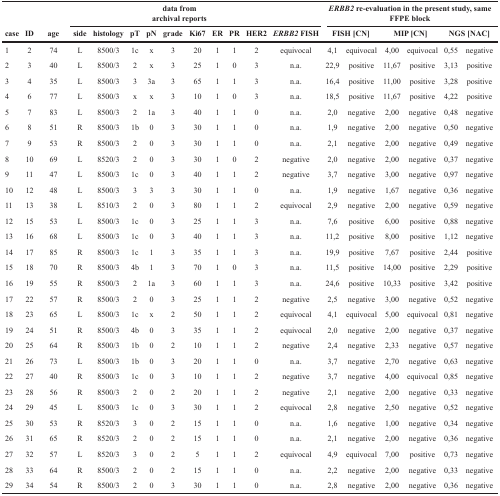
<table><thead><tr><td></td><td></td><td></td><td colspan="10"><b>data from archival reports</b></td><td colspan="6"><b><i>ERBB2</i> re-evaluation in the present study, same FFPE block</b></td></tr><tr><td><b>case</b></td><td><b>ID</b></td><td><b>age</b></td><td><b>side</b></td><td><b>histology</b></td><td><b>pT</b></td><td><b>pN</b></td><td><b>grade</b></td><td><b>Ki67</b></td><td><b>ER</b></td><td><b>PR</b></td><td><b>HER2</b></td><td><b><i>ERBB2</i> FISH</b></td><td colspan="2"><b>FISH [CN]</b></td><td colspan="2"><b>MIP [CN]</b></td><td colspan="2"><b>NGS [NAC]</b></td></tr></thead><tbody><tr><td>1</td><td>2</td><td>74</td><td>L</td><td>8500/3</td><td>1c</td><td>x</td><td>3</td><td>20</td><td>1</td><td>1</td><td>2</td><td>equivocal</td><td>4,1</td><td>equivocal</td><td>4,00</td><td>equivocal</td><td>0,55</td><td>negative</td></tr><tr><td>2</td><td>3</td><td>40</td><td>L</td><td>8500/3</td><td>2</td><td>x</td><td>3</td><td>25</td><td>1</td><td>0</td><td>3</td><td>n.a.</td><td>22,9</td><td>positive</td><td>11,67</td><td>positive</td><td>3,13</td><td>positive</td></tr><tr><td>3</td><td>4</td><td>35</td><td>L</td><td>8500/3</td><td>3</td><td>3a</td><td>3</td><td>65</td><td>1</td><td>1</td><td>3</td><td>n.a.</td><td>16,4</td><td>positive</td><td>11,00</td><td>positive</td><td>3,28</td><td>positive</td></tr><tr><td>4</td><td>6</td><td>77</td><td>L</td><td>8500/3</td><td>x</td><td>x</td><td>3</td><td>10</td><td>1</td><td>0</td><td>3</td><td>n.a.</td><td>18,5</td><td>positive</td><td>11,67</td><td>positive</td><td>4,22</td><td>positive</td></tr><tr><td>5</td><td>7</td><td>83</td><td>L</td><td>8500/3</td><td>2</td><td>1a</td><td>3</td><td>40</td><td>1</td><td>1</td><td>0</td><td>n.a.</td><td>2,0</td><td>negative</td><td>2,00</td><td>negative</td><td>0,48</td><td>negative</td></tr><tr><td>6</td><td>8</td><td>51</td><td>R</td><td>8500/3</td><td>1b</td><td>0</td><td>3</td><td>30</td><td>1</td><td>1</td><td>0</td><td>n.a.</td><td>1,9</td><td>negative</td><td>2,00</td><td>negative</td><td>0,50</td><td>negative</td></tr><tr><td>7</td><td>9</td><td>53</td><td>R</td><td>8500/3</td><td>2</td><td>0</td><td>3</td><td>30</td><td>1</td><td>1</td><td>0</td><td>n.a.</td><td>2,1</td><td>negative</td><td>2,00</td><td>negative</td><td>0,49</td><td>negative</td></tr><tr><td>8</td><td>10</td><td>69</td><td>L</td><td>8520/3</td><td>2</td><td>0</td><td>3</td><td>30</td><td>1</td><td>0</td><td>2</td><td>negative</td><td>2,0</td><td>negative</td><td>2,00</td><td>negative</td><td>0,37</td><td>negative</td></tr><tr><td>9</td><td>11</td><td>47</td><td>L</td><td>8500/3</td><td>1c</td><td>0</td><td>3</td><td>40</td><td>1</td><td>1</td><td>2</td><td>negative</td><td>3,7</td><td>negative</td><td>3,00</td><td>negative</td><td>0,97</td><td>negative</td></tr><tr><td>10</td><td>12</td><td>48</td><td>L</td><td>8500/3</td><td>3</td><td>3</td><td>3</td><td>30</td><td>1</td><td>1</td><td>0</td><td>n.a.</td><td>1,9</td><td>negative</td><td>1,67</td><td>negative</td><td>0,36</td><td>negative</td></tr><tr><td>11</td><td>13</td><td>38</td><td>L</td><td>8510/3</td><td>2</td><td>0</td><td>3</td><td>80</td><td>1</td><td>1</td><td>2</td><td>equivocal</td><td>2,9</td><td>negative</td><td>2,00</td><td>negative</td><td>0,59</td><td>negative</td></tr><tr><td>12</td><td>15</td><td>53</td><td>L</td><td>8500/3</td><td>1c</td><td>0</td><td>3</td><td>25</td><td>1</td><td>1</td><td>3</td><td>n.a.</td><td>7,6</td><td>positive</td><td>6,00</td><td>positive</td><td>0,88</td><td>negative</td></tr><tr><td>13</td><td>16</td><td>68</td><td>L</td><td>8500/3</td><td>1c</td><td>0</td><td>3</td><td>40</td><td>1</td><td>1</td><td>3</td><td>n.a.</td><td>11,2</td><td>positive</td><td>8,00</td><td>positive</td><td>1,12</td><td>negative</td></tr><tr><td>14</td><td>17</td><td>85</td><td>R</td><td>8500/3</td><td>1c</td><td>1</td><td>3</td><td>35</td><td>1</td><td>1</td><td>3</td><td>n.a.</td><td>19,9</td><td>positive</td><td>7,67</td><td>positive</td><td>2,44</td><td>positive</td></tr><tr><td>15</td><td>18</td><td>70</td><td>R</td><td>8500/3</td><td>4b</td><td>1</td><td>3</td><td>70</td><td>1</td><td>0</td><td>3</td><td>n.a.</td><td>11,5</td><td>positive</td><td>14,00</td><td>positive</td><td>2,29</td><td>positive</td></tr><tr><td>16</td><td>19</td><td>55</td><td>R</td><td>8500/3</td><td>2</td><td>1a</td><td>3</td><td>60</td><td>1</td><td>1</td><td>3</td><td>n.a.</td><td>24,6</td><td>positive</td><td>10,33</td><td>positive</td><td>3,42</td><td>positive</td></tr><tr><td>17</td><td>22</td><td>57</td><td>R</td><td>8500/3</td><td>2</td><td>0</td><td>3</td><td>25</td><td>1</td><td>1</td><td>2</td><td>negative</td><td>2,5</td><td>negative</td><td>3,00</td><td>negative</td><td>0,52</td><td>negative</td></tr><tr><td>18</td><td>23</td><td>65</td><td>L</td><td>8500/3</td><td>1c</td><td>x</td><td>2</td><td>50</td><td>1</td><td>1</td><td>2</td><td>equivocal</td><td>4,1</td><td>equivocal</td><td>5,00</td><td>equivocal</td><td>0,81</td><td>negative</td></tr><tr><td>19</td><td>24</td><td>51</td><td>R</td><td>8500/3</td><td>4b</td><td>0</td><td>3</td><td>35</td><td>1</td><td>1</td><td>2</td><td>equivocal</td><td>2,0</td><td>negative</td><td>2,00</td><td>negative</td><td>0,37</td><td>negative</td></tr><tr><td>20</td><td>25</td><td>64</td><td>R</td><td>8500/3</td><td>1b</td><td>0</td><td>2</td><td>10</td><td>1</td><td>1</td><td>2</td><td>negative</td><td>2,4</td><td>negative</td><td>2,33</td><td>negative</td><td>0,57</td><td>negative</td></tr><tr><td>21</td><td>26</td><td>73</td><td>L</td><td>8500/3</td><td>1b</td><td>0</td><td>3</td><td>20</td><td>1</td><td>1</td><td>0</td><td>n.a.</td><td>3,7</td><td>negative</td><td>2,70</td><td>negative</td><td>0,63</td><td>negative</td></tr><tr><td>22</td><td>27</td><td>40</td><td>R</td><td>8500/3</td><td>1c</td><td>0</td><td>3</td><td>10</td><td>1</td><td>1</td><td>2</td><td>negative</td><td>3,7</td><td>negative</td><td>4,00</td><td>equivocal</td><td>0,85</td><td>negative</td></tr><tr><td>23</td><td>28</td><td>56</td><td>R</td><td>8500/3</td><td>2</td><td>0</td><td>2</td><td>20</td><td>1</td><td>1</td><td>2</td><td>negative</td><td>2,1</td><td>negative</td><td>2,00</td><td>negative</td><td>0,33</td><td>negative</td></tr><tr><td>24</td><td>29</td><td>45</td><td>L</td><td>8500/3</td><td>1c</td><td>0</td><td>3</td><td>30</td><td>1</td><td>1</td><td>2</td><td>equivocal</td><td>2,8</td><td>negative</td><td>2,50</td><td>negative</td><td>0,52</td><td>negative</td></tr><tr><td>25</td><td>30</td><td>53</td><td>R</td><td>8520/3</td><td>3</td><td>0</td><td>2</td><td>15</td><td>1</td><td>1</td><td>0</td><td>n.a.</td><td>1,6</td><td>negative</td><td>1,00</td><td>negative</td><td>0,34</td><td>negative</td></tr><tr><td>26</td><td>31</td><td>65</td><td>R</td><td>8520/3</td><td>2</td><td>0</td><td>2</td><td>15</td><td>1</td><td>1</td><td>0</td><td>n.a.</td><td>2,1</td><td>negative</td><td>2,00</td><td>negative</td><td>0,36</td><td>negative</td></tr><tr><td>27</td><td>32</td><td>57</td><td>L</td><td>8520/3</td><td>3</td><td>0</td><td>2</td><td>5</td><td>1</td><td>1</td><td>2</td><td>equivocal</td><td>4,9</td><td>equivocal</td><td>7,00</td><td>positive</td><td>0,73</td><td>negative</td></tr><tr><td>28</td><td>33</td><td>64</td><td>R</td><td>8500/3</td><td>2</td><td>0</td><td>2</td><td>15</td><td>1</td><td>1</td><td>0</td><td>n.a.</td><td>2,2</td><td>negative</td><td>2,00</td><td>negative</td><td>0,33</td><td>negative</td></tr><tr><td>29</td><td>34</td><td>54</td><td>R</td><td>8500/3</td><td>2</td><td>0</td><td>3</td><td>30</td><td>1</td><td>1</td><td>0</td><td>n.a.</td><td>2,8</td><td>negative</td><td>2,00</td><td>negative</td><td>0,36</td><td>negative</td></tr></tbody></table>